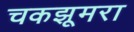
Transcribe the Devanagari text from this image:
चकझूमरा